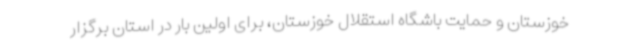
خوزستان و حمایت باشگاه استقلال خوزستان، برای اولین بار در استان برگزار